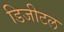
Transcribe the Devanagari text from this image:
डिजीटल